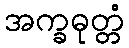
အက္ခဓုတ္တံ